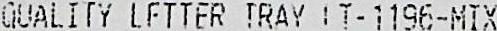
GUALITY LFTIER TRAY IT-1196-MIX